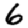
Digit: 6